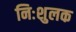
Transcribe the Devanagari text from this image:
निःशुलक